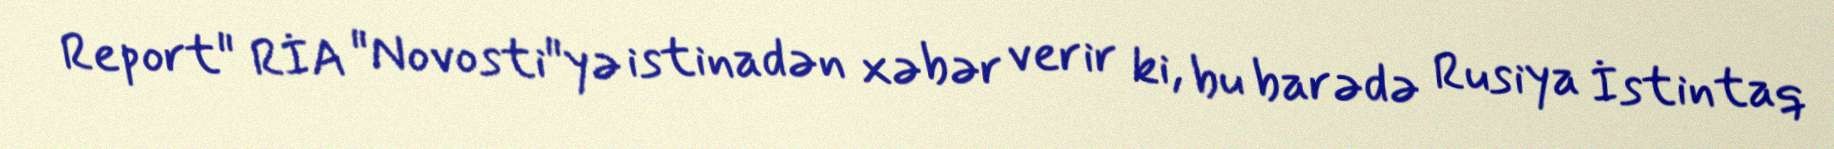
Report" RİA "Novosti"yə istinadən xəbər verir ki, bu barədə Rusiya İstintaq